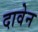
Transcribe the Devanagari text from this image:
दावेन